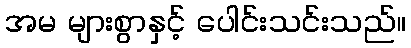
အမ များစွာနှင့် ပေါင်းသင်းသည်။